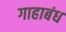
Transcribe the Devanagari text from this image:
गाहाबंध